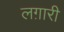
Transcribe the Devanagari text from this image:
लग़ारी